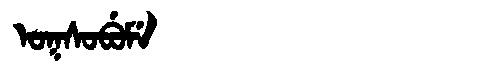
Manchu: ᠣᡴᠰᠣᠪᡠᠮᡝ
Romanization: OKSOBUME